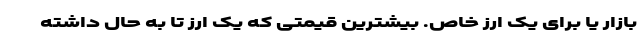
بازار یا برای یک ارز خاص. بیشترین قیمتی که یک ارز تا به حال داشته